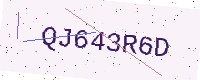
Text: QJ643R6D